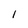
Character: I